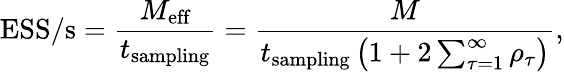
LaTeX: \textrm{ESS/s}=\frac{M_{\textrm{eff}}}{t_{\textrm{sampling}}}=\frac{M}{t_{\textrm{sampling}}\left(1+2\sum_{\tau=1}^{\infty}\rho_{\tau}\right)},